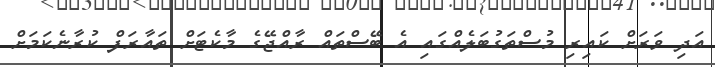
އަދި ވަރަށް ކައިރި މުސްތަގުބަލެއްގައި އެ ބޭސްތައް ރާއްޖޭގެ މާކެޓަށް ތައާރަފް ކުރާނެކަމަށް